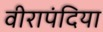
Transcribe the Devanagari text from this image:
वीरापंदिया